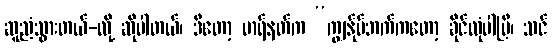
ဆူညံသွားတယ်-လို့ ဆိုပါတယ်၊ ဒီတော့ မာရ်နတ်က “ကျွန်ုပ်ဘက်ကတော့ ခိုင်လုံပါပြီ၊ သင်